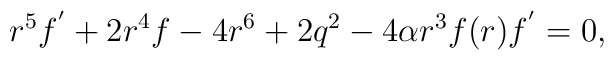
r^5f^{^{\prime }}+2r^4f-4r^6+2q^2-4\alpha r^3f(r)f^{^{\prime }}=0,